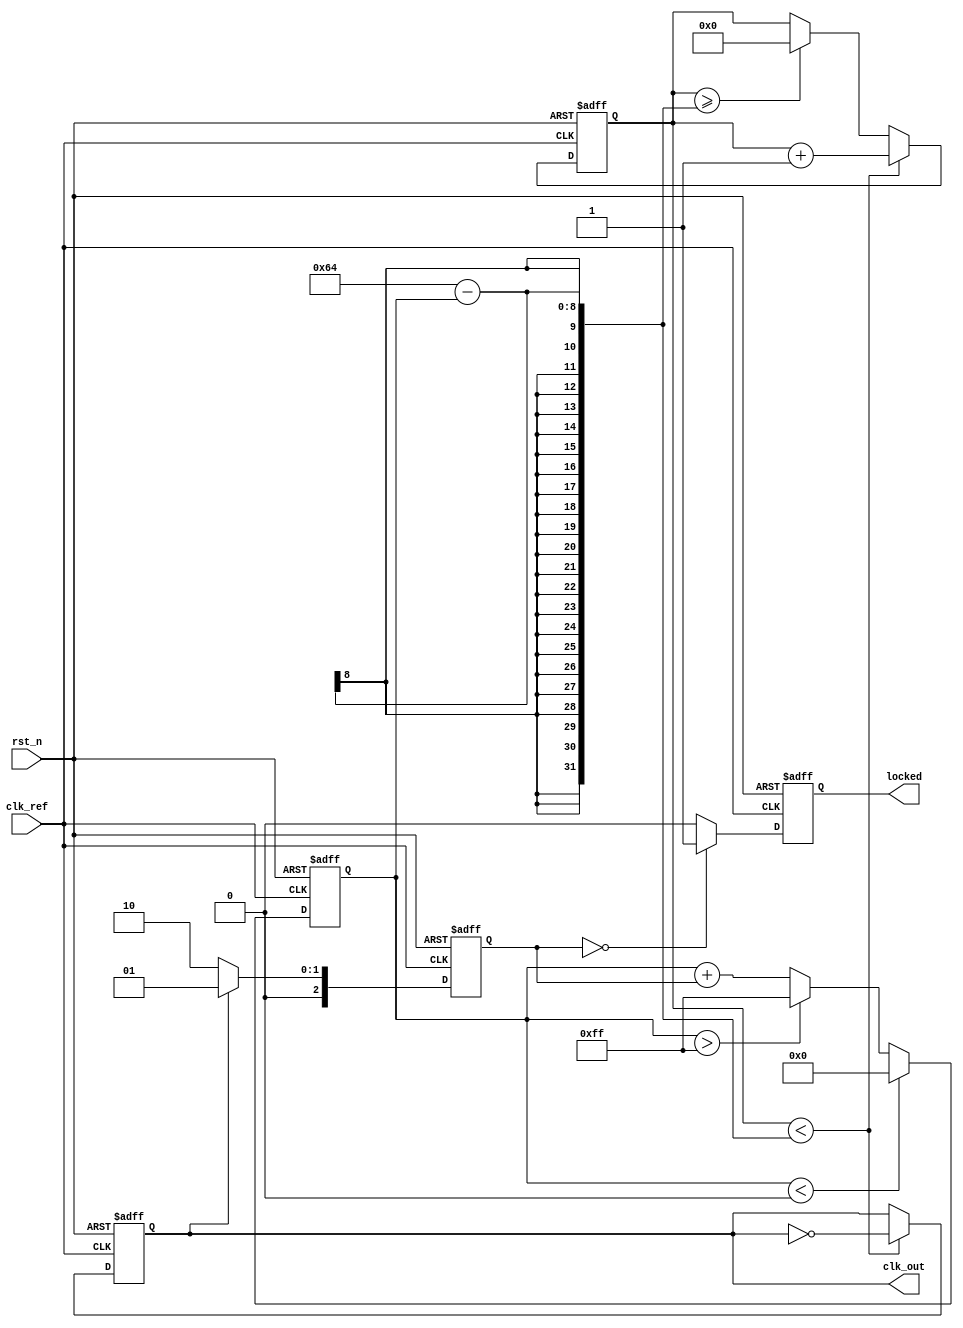
module pll (
    input wire clk_ref,     // Reference clock input
    input wire rst_n,       // Active-low reset
    output wire clk_out,    // Output clock
    output wire locked       // Lock indicator
);

// Parameters
parameter N = 4;           // Feedback divider value
parameter VCO_MAX_FREQ = 100; // VCO max frequency (in MHz)
parameter VCO_MIN_FREQ = 10;  // VCO min frequency (in MHz)

// Internal signals
reg [2:0] phase_error;     // Phase error signal
reg [7:0] control_voltage;  // Control voltage to VCO
reg [N-1:0] vco_counter;    // VCO counter
reg vco_clk;                // VCO clock output
reg is_locked;              // Lock status

// Phase Detector
always @(posedge clk_ref or negedge rst_n) begin
    if (!rst_n) begin
        phase_error <= 3'b000;
    end else begin
        // Simple Phase Detector: Compare clk_ref and feedback clock
        if (vco_clk) begin
            phase_error <= 3'b001; // VCO is leading
        end else if (!vco_clk) begin
            phase_error <= 3'b010; // VCO is lagging
        end else begin
            phase_error <= 3'b000; // No error
        end
    end
end

// Low-Pass Filter (digital version)
always @(posedge clk_ref or negedge rst_n) begin
    if (!rst_n) begin
        control_voltage <= 8'b0;
    end else begin
        // Simple LPF: Integrate the phase error
        control_voltage <= control_voltage + phase_error;
        // Limit the control voltage to VCO range
        if (control_voltage > 255) control_voltage <= 255;
        if (control_voltage < 0) control_voltage <= 0;
    end
end

// Voltage-Controlled Oscillator (VCO)
always @(posedge clk_ref or negedge rst_n) begin
    if (!rst_n) begin
        vco_counter <= 0;
        vco_clk <= 0;
        is_locked <= 0;
    end else begin
        // Change the frequency based on control voltage
        // Frequency mapping from control_voltage to VCO frequency
        if (vco_counter < (VCO_MAX_FREQ - control_voltage[7:0])) begin
            vco_clk <= ~vco_clk; // Toggle VCO clock
            vco_counter <= vco_counter + 1;
        end else if (vco_counter >= (VCO_MAX_FREQ - control_voltage[7:0])) begin
            vco_counter <= 0;
        end

        // Lock detection logic (simplified)
        if (phase_error == 3'b000) begin
            is_locked <= 1; // PLL is locked
        end else begin
            is_locked <= 0; // PLL is not locked
        end
    end
end

// Feedback and output assignments
assign clk_out = vco_clk;      // Output clock
assign locked = is_locked;      // Lock status

endmodule